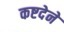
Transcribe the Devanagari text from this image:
कष्टदेने